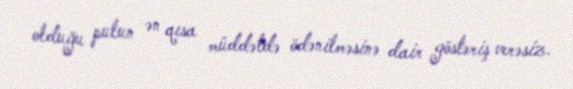
olduğu pulun ən qısa müddətdə ödənilməsinə dair göstəriş verəsiz.